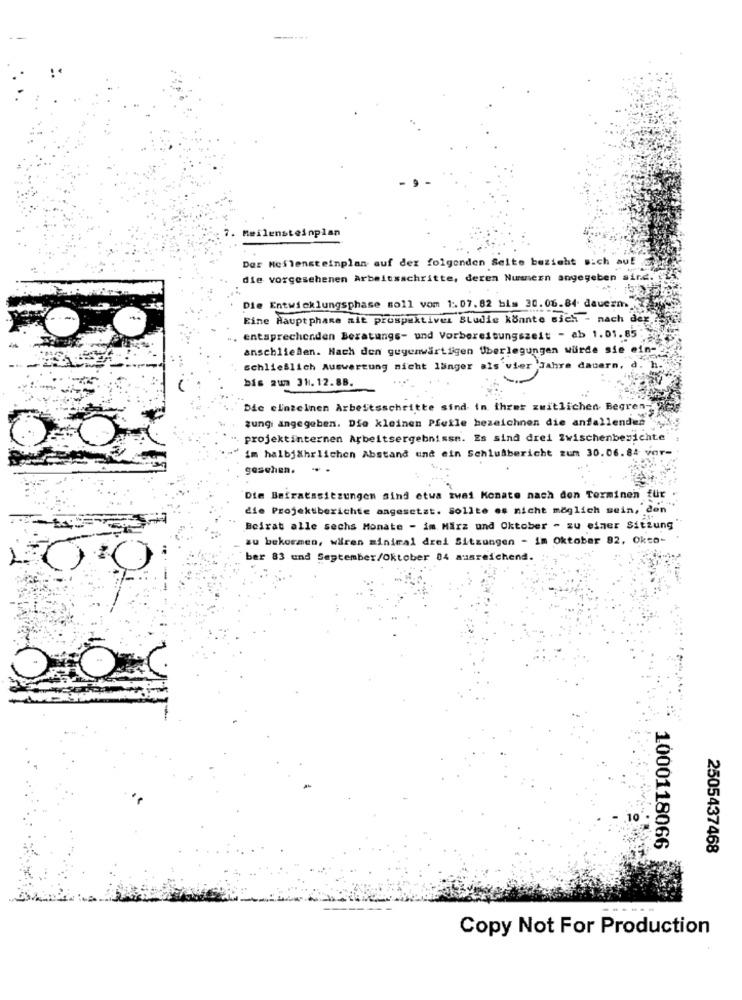
7. Meilensteinplan
Der Meilensteinplan auf der folgenden Seite bezieht sich auf
die vorgesehenen Arbeitsschritte, deren Nummern angegeben si
Die Entwicklungsphase soll vom 1 :. 07.82 bim 30.06.84 dauezm
Eine Haupt phase ait prospektivex Studie könnte sich - nach der
entsprechenden Beratungs- und Vorbereitungszeit - ab 1.01.85
anschließen. Nach den guyenwartigen Überlegungen würde sie ein-
schließlich Auswertung nicht länger als vier Jahre
cern,
bis aun 31. 12.88.
Die einzelnen Arbeitsschritte sind in ihrer zwitlichen Begren-
zungi angegeben. Die kleinen Pfeile bezeichnen die anfallenden
", projektinternen Arbeitsergebnisse. Es sind drei Zwischenberichte'
im halbjährlichen Abstand und ein Schlusbericht zum 30.06.84 var-
gesehen.
Die Beiratssitzungen sind etwa zwei Monate nach den Terminen für .
die Projektberichte angesetzt. Sollte es nicht möglich sein, den
Beirat alle sechs Monate - im März und Oktober - zu einer Sitzung
zu bekommen, waren minimal drei Sitzungen - im Oktober 92, Okto-
ber 83 und September/Oktober 04 ausreichend.
TO
1000118066
2505437468
Copy Not For Production